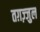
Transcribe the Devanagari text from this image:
तग़ज़्जुल